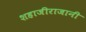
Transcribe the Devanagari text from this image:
शहाजीराजानी